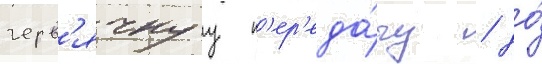
черв'ячнуу п'ер'еда́чу / до́